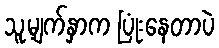
သူ့မျက်နှာက ပြုံးနေတာပဲ